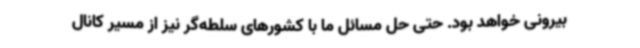
بیرونی خواهد بود. حتی حل مسائل ما با کشورهای سلطه‌گر نیز از مسیر کانال